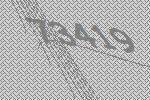
73419